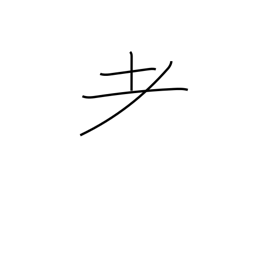
Meaning: variant of radical 125